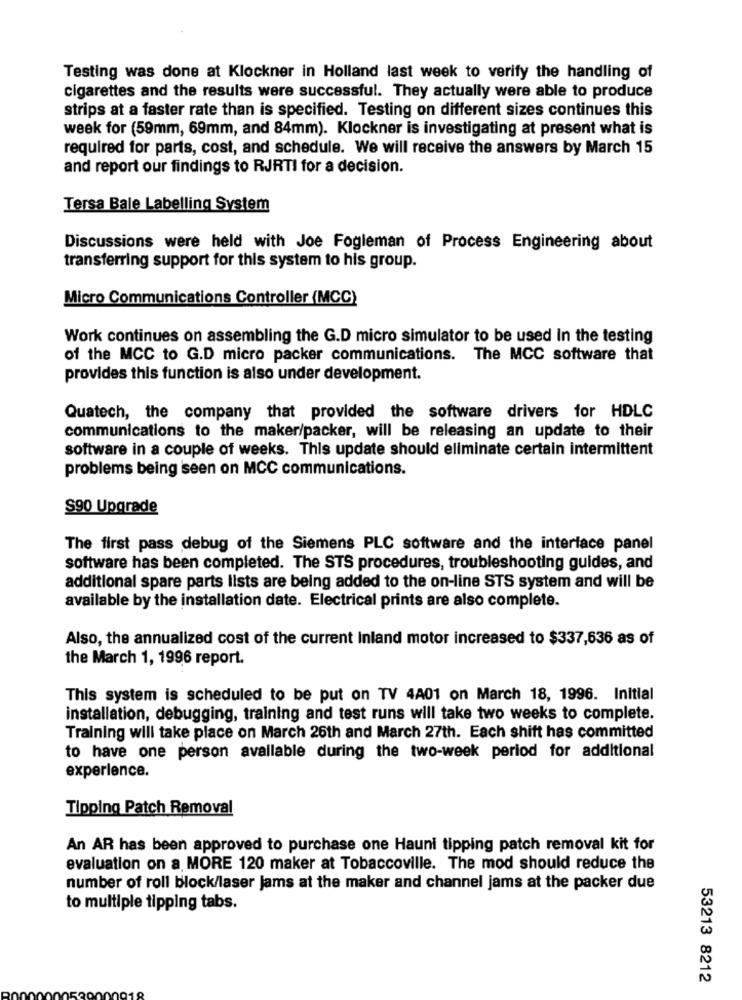
Testing was done at Klockner in Holland last week to verify the handling of
cigarettes and the results were successful. They actually were able to produce
strips at a faster rate than is specified. Testing on different sizes continues this
week for (59mm, 69mm, and 84mm). Klockner is investigating at present what is
required for parts, cost, and schedule. We will receive the answers by March 15
and report our findings to RJRTI for a decision.
Tersa Bale Labelling System
Discussions were held with Joe Fogleman of Process Engineering about
transferring support for this system to his group.
Micro Communications Controller (MCC)
Work continues on assembling the G.D micro simulator to be used In the testing
of the MCC to G.D micro packer communications. The MCC software that
provides this function is also under development.
Quatech, the company that provided the software drivers for HDLC
communications to the maker/packer, will be releasing an update to their
software in a couple of weeks. This update should eliminate certain intermittent
problems being seen on MCC communications.
S90 Upgrade
The first pass debug of the Siemens PLC software and the interface panel
software has been completed. The STS procedures, troubleshooting guides, and
additional spare parts lists are being added to the on-line STS system and will be
available by the installation date. Electrical prints are also complete.
Also, the annualized cost of the current Inland motor increased to $337,636 as of
the March 1, 1996 report.
This system is scheduled to be put on TV 4A01 on March 18, 1996. Initial
installation, debugging, training and test runs will take two weeks to complete.
Training will take place on March 26th and March 27th. Each shift has committed
to have one person available during the two-week period for additional
experience.
Tipping Patch Removal
An AR has been approved to purchase one Hauni tipping patch removal kit for
evaluation on a MORE 120 maker at Tobaccoville. The mod should reduce the
number of roll block/laser jams at the maker and channel jams at the packer due
to multiple tipping tabs.
53213 8212